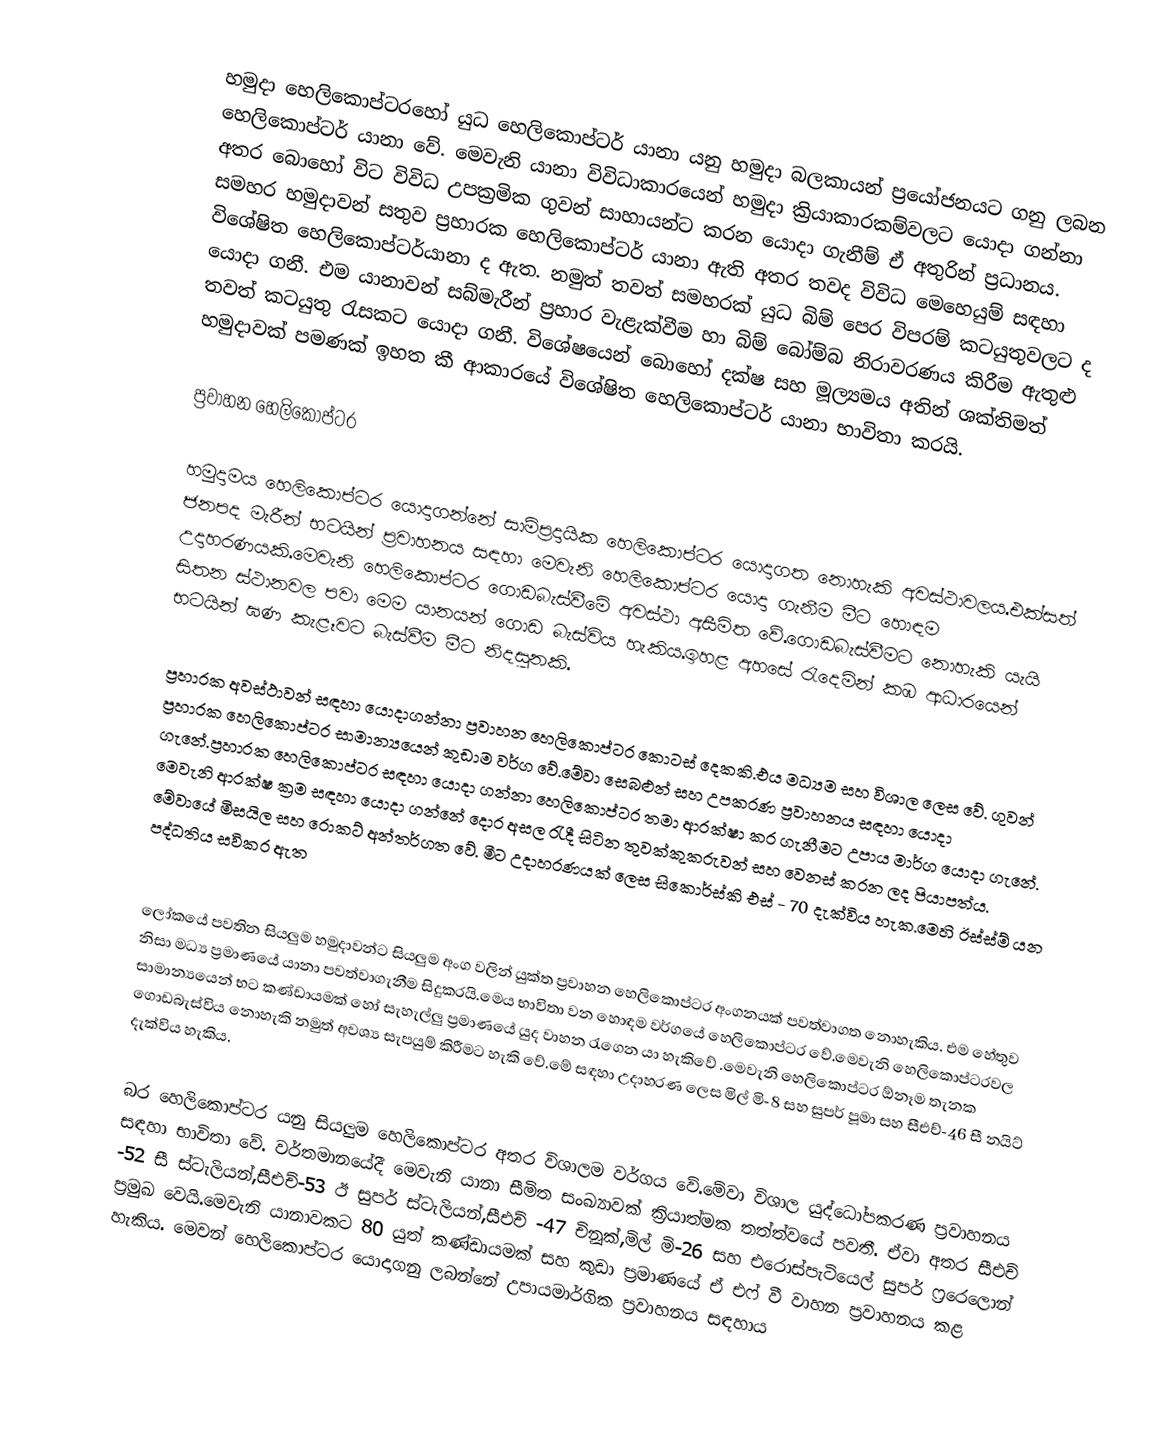
හමුදා හෙලිකොප්ටරහෝ යුධ හෙලිකොප්ටර් යානා යනු හමුදා බලකායන් ප්‍රයෝජනයට ගනු ලබන හෙලිකොප්ටර් යානා වේ. මෙවැනි යානා විවිධාකාරයෙන් හමුදා ක්‍රියාකාරකම්වලට යොදා ගන්නා අතර බොහෝ විට විවිධ උපක්‍රමික ගුවන් සාහායන්ට කරන යොදා ගැනීම් ඒ අතුරින් ප්‍රධානය. සමහර හමුදාවන් සතුව ප්‍රහාරක හෙලිකොප්ටර් යානා ඇති අතර තවද විවිධ මෙහෙයුම් සඳහා විශේෂිත හෙලිකොප්ටර්යානා ද ඇත. නමුත් තවත් සමහරක් යුධ බිම්  පෙර විපරම් කටයුතුවලට ද යොදා ගනී. එම යානාවන් සබ්මැරීන් ප්‍රහාර වැළැක්වීම හා බිම් බෝම්බ නිරාවරණය කිරීම ඇතුළු තවත් කටයුතු රැසකට යොදා ගනී. විශේෂයෙන් බොහෝ දක්ෂ සහ මූල්‍යමය අතින් ශක්තිමත් හමුදාවක් පමණක් ඉහත කී ආකාරයේ විශේෂිත හෙලිකොප්ටර් යානා භාවිතා කරයි.

ප්‍රවාහන හෙලිකොප්ටර

හමුදාමය හෙලිකොප්ටර යොදාගන්නේ සාම්ප්‍රදායික හෙලිකොප්ටර යොදාගත නොහැකි අවස්ථාවලය.එක්සත් ජනපද මැරීන් භටයින් ප්‍රවාහනය සඳහා මෙවැනි හෙලිකොප්ටර යොදා ගැනීම මීට හොඳම උදාහරණයකි.මෙවැනි හෙලිකොප්ටර ගොඩබැස්වීමේ අවස්ථා අසීමිත වේ.ගොඩබැස්වීමට නොහැකි යැයි සිතන ස්ථානවල පවා මෙම යානයන් ගොඩ බැස්විය හැකිය.ඉහළ අහසේ රැදෙමින් කඹ ආධාරයෙන් භටයින් ඝණ කැළෑවට බැස්වීම මීට නිදසුනකි.

ප්‍රහාරක අවස්ථාවන් සඳහා යොදාගන්නා ප්‍රවාහන හෙලිකොප්ටර කොටස් දෙකකි.එය මධ්‍යම සහ විශාල ලෙස වේ. ගුවන් ප්‍රහාරක හෙලිකොප්ටර සාමාන්‍යයෙන් කුඩාම වර්ග වේ.මේවා සෙබළුන් සහ උපකරණ ප්‍රවාහනය සඳහා යොදා ගැනේ.ප්‍රහාරක හෙලිකොප්ටර සඳහා යොදා ගන්නා හෙලිකොප්ටර තමා ආරක්ෂා කර ගැනීමට උපාය මාර්ග යොදා ගැනේ. මෙවැනි ආරක්ෂ ක්‍රම සඳහා යොදා ගන්නේ දොර අසල රැදී සිටින තුවක්කුකරුවන් සහ වෙනස් කරන ලද පියාපත්ය. මේවායේ මිසයිල සහ රොකට් අන්තර්ගත වේ. මීට උදාහරණයක් ලෙස සිකොර්ස්කි එස් - 70 දැක්විය හැක.මෙහි ඊස්ස්ම් යන පද්ධතිය සවිකර ඇත

ලෝකයේ පවතින සියලුම හමුදාවන්ට සියලුම අංග වලින් යුක්ත ප්‍රවාහන හෙලිකොප්ටර අංගනයක් පවත්වාගත නොහැකිය. එම හේතුව නිසා මධ්‍ය ප්‍රමාණයේ යානා පවත්වාගැනීම සිදුකරයි.මෙය භාවිතා වන හොඳම වර්ගයේ හෙලිකොප්ටර වේ.මෙවැනි හෙලිකොප්ටරවල සාමාන්‍යයෙන් භට කණ්ඩායමක් හෝ සැහැල්ලු ප්‍රමාණයේ යුද වාහන රැගෙන යා හැකිවේ .මෙවැනි හෙලිකොප්ටර ඕනෑම තැනක ගොඩබැස්විය නොහැකි නමුත් අවශ්‍ය සැපයුම් කිරීමට හැකි වේ.මේ සඳහා උදාහරණ ලෙස මිල් මි-8 සහ සුපර් පූමා සහ සීඑච්-46 සී නයිට් දැක්විය හැකිය.

බර හෙලිකොප්ටර යනු සියලුම හෙලිකොප්ටර අතර විශාලම වර්ගය වේ.මේවා විශාල යුද්ධෝපකරණ ප්‍රවාහනය සඳහා භාවිතා වේ. වර්තමානයේදී මෙවැනි යානා සීමිත සංඛ්‍යාවක් ක්‍රියාත්මක තත්ත්වයේ පවතී. ඒවා අතර සීඑච් -52 සී ස්ටැලියන්,සීඑච්-53 ඊ සුපර් ස්ටැලියන්,සීඑච් -47 චිනූක්,මිල් මි-26 සහ එරොස්පැටියෙල් සුපර් ෆ්‍රරෙලොන් ප්‍රමුඛ වෙයි.මෙවැනි යානාවකට 80 යුත් කණ්ඩායමක් සහ කුඩා ප්‍රමාණයේ ඒ එෆ් වී වාහන ප්‍රවාහනය කළ  හැකිය. මෙවන් හෙලිකොප්ටර යොදාගනු ලබන්නේ උපායමාර්ගික ප්‍රවාහනය සඳහාය